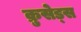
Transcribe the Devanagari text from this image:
क्रुसेड्स